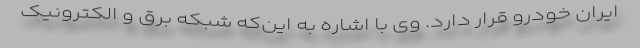
ایران خودرو قرار دارد. وی با اشاره به این‌که شبکه برق و الکترونیک